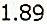
1.89